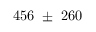
4 5 6 ~ \pm ~ 2 6 0